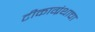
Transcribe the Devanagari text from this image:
टीकाग्रंथाचा